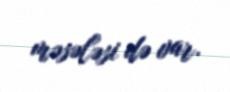
məsələsi də var.